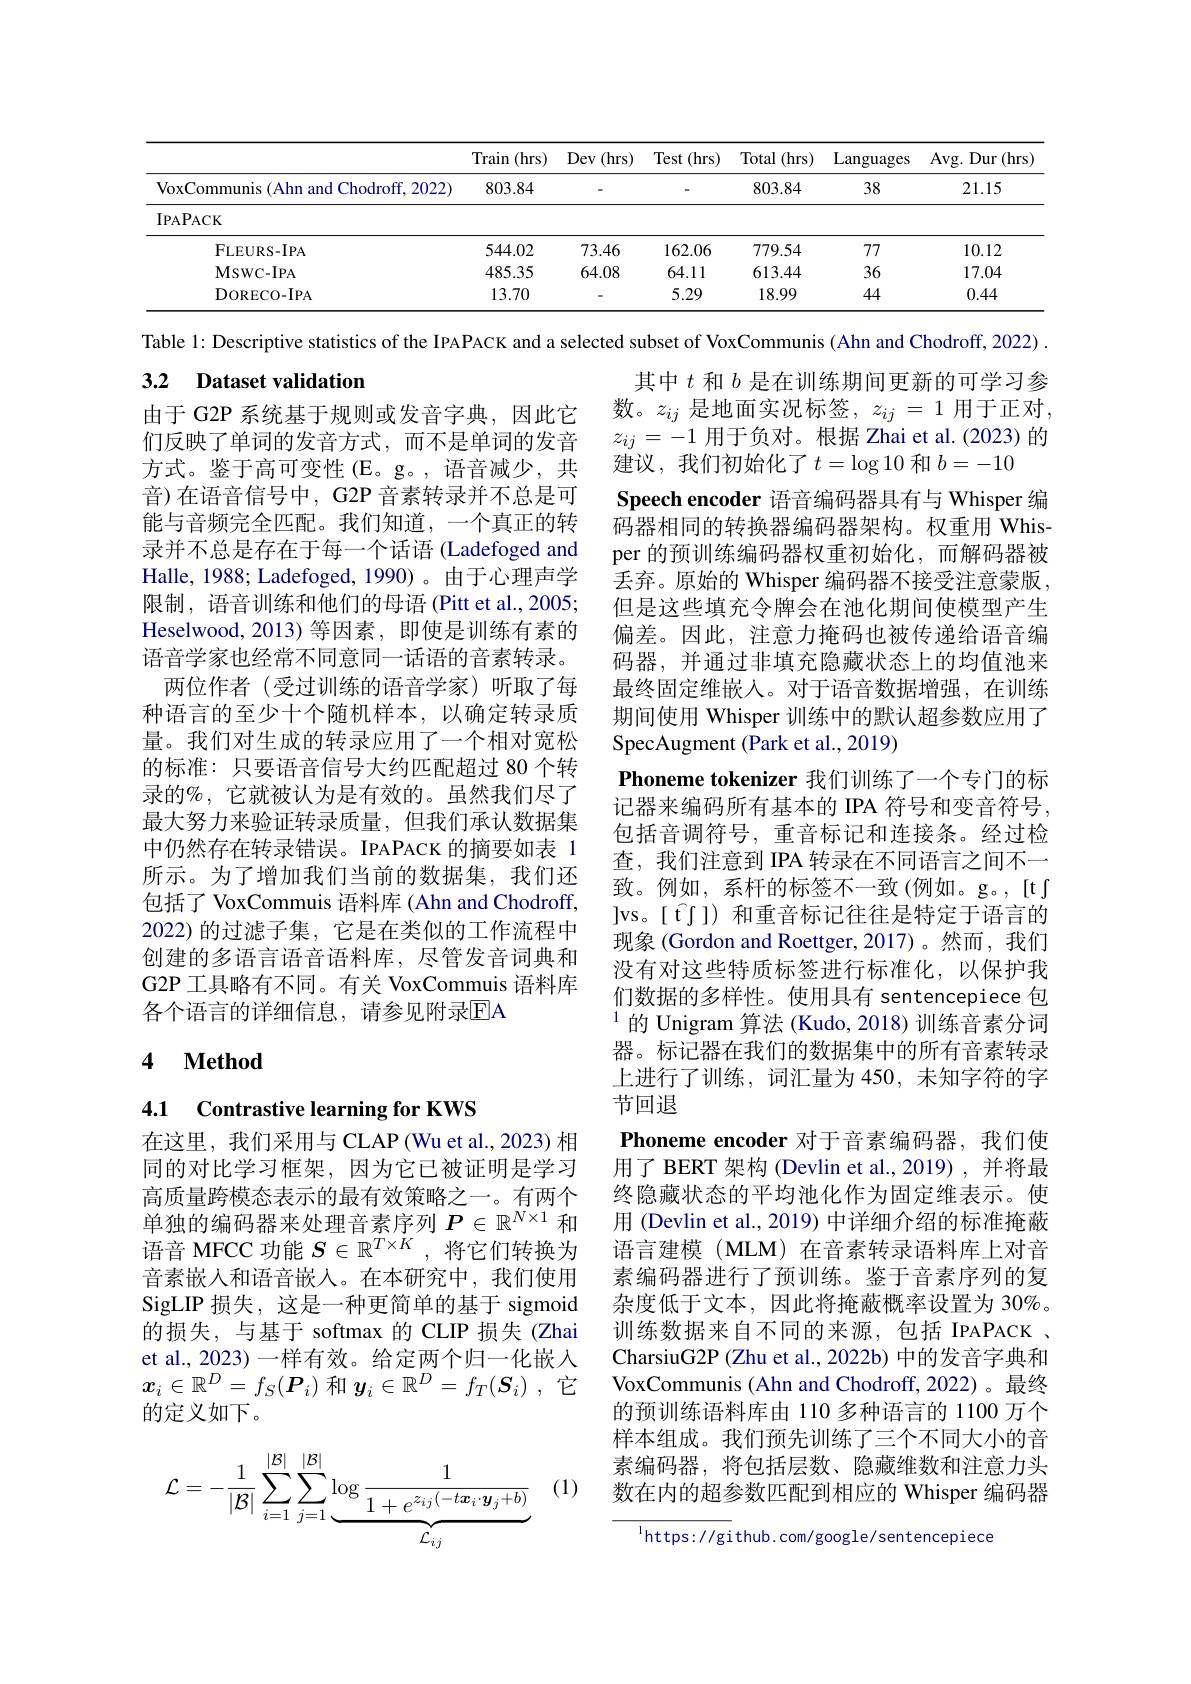
<table>
	<tbody>
		<tr>
			<th> </th>
			<th>Train (hrs)</th>
			<th>Dev (hrs)</th>
			<th>Test (hrs) </th>
			<th>Total (hrs)</th>
			<th>Languages</th>
			<th>Avg. Dur (hrs</th>
		</tr>
		<tr>
			<td>VoxCommunis (Ahn and Chodroff, 2022)</td>
			<td>803.84</td>
			<td> </td>
			<td> </td>
			<td>803.84</td>
			<td>38</td>
			<td>21.15</td>
		</tr>
		<tr>
			<td>IPAPACK</td>
			<td> </td>
			<td> </td>
			<td> </td>
			<td> </td>
			<td> </td>
			<td> </td>
		</tr>
		<tr>
			<td>FLEURS- IPA</td>
			<td>544.02</td>
			<td>73.46</td>
			<td>162.06</td>
			<td>779.54</td>
			<td>77</td>
			<td>10.12</td>
		</tr>
		<tr>
			<td>$\mathbf{MswC-IPA}$</td>
			<td>485.35</td>
			<td>64.08</td>
			<td>64.11</td>
			<td>613.44</td>
			<td>36</td>
			<td>17.04</td>
		</tr>
		<tr>
			<td>DORECO- IPA</td>
			<td>13.70</td>
			<td> </td>
			<td>5.29</td>
			<td>18.99</td>
			<td>44</td>
			<td>0.44</td>
		</tr>
	</tbody>
</table>

## 3.2 Dataset validation

由于 G2P 系统基于规则或发音字典，因此它们反映了单词的发音方式，而不是单词的发音方式。鉴于高可变性(E。g。,语音减少，共音)在语音信号中，G2P 音素转录并不总是可能与音频完全匹配。我们知道，一个真正的转录并不总是存在于每一个话语 (Ladefoged and Halle, 1988; Ladefoged, 1990)。由于心理声学限制，语音训练和他们的母语 (Pitt et al.,2005; Heselwood, 2013) 等因素 , 即使是训练有素的语音学家也经常不同意同一话语的音素转录。
两位作者(受过训练的语音学家)听取了每种语言的至少十个随机样本，以确定转录质量。我们对生成的转录应用了一个相对宽松的标准：只要语音信号大约匹配超过 80 个转录的%, 它就被认为是有效的。虽然我们尽了最大努力来验证转录质量，但我们承认数据集中仍然存在转录错误。IPAPACK 的摘要如表 1所示。为了增加我们当前的数据集，我们还包括了 VoxCommuis 语料库 (Ahn and Chodroff, 2022)的过滤子集，它是在类似的工作流程中创建的多语言语音语料库，尽管发音词典和G2P 工具略有不同。有关 VoxCommuis 语料库各个语言的详细信息，请参见附录EA

Table 1: Descriptive statistics of the IPAPACK and a selected subset of VoxCommunis ( Ahn and Chodroff, 2022) .
其中$t$和$b$是在训练期间更新的可学习参数。$z_ij$ 是地面实况标签，$z_ij=1$用于正对， $z_{ij}=-1$用于负对。根据 Zhai et al.(2023)的建议，我们初始化了$t=\log10$ 和 $b=-10$
Speech encoder 语音编码器具有与 Whisper 编码器相同的转换器编码器架构。权重用 Whisper 的预训练编码器权重初始化，而解码器被丢弃。原始的 Whisper 编码器不接受注意蒙版， 但是这些填充令牌会在池化期间使模型产生偏差。因此，注意力掩码也被传递给语音编码器，并通过非填充隐藏状态上的均值池来最终固定维嵌人。对于语音数据增强，在训练期间使用 Whisper 训练中的默认超参数应用了SpecAugment (Park et al., 2019)
Phoneme tokenizer 我们训练了一个专门的标记器来编码所有基本的 IPA 符号和变音符号， 包括音调符号，重音标记和连接条。经过检查，我们注意到 IPA 转录在不同语言之间不一致。例如，系杆的标签不一致(例如。g。,[t] ]vs。[ f$^{\textcircled{\mathrm{t}}}])$和重音标记往往是特定于语言的现象 (Gordon and Roettger,2017)。然而，我们没有对这些特质标签进行标准化，以保护我们数据的多样性。使用具有 sentencepiece 包$^{1}$的 Unigram 算法 (Kudo, 2018) 训练音素分词器。标记器在我们的数据集中的所有音素转录上进行了训练，词汇量为 450,未知字符的字节回退
Phoneme encoder 对于音素编码器，我们使用了 BERT 架构 (Devlin et al.,2019) ,并将最终隐藏状态的平均池化作为固定维表示。使用 (Devlin et al., 2019) 中详细介绍的标准掩蔽语言建模 (MLM) 在音素转录语料库上对音素编码器进行了预训练。鉴于音素序列的复杂度低于文本，因此将掩蔽概率设置为 30%。训练数据来自不同的来源，包括 IPAPACK . CharsiuG2P (Zhu et al., 2022b) 中的发音字典和VoxCommunis (Ahn and Chodroff, 2022)。最终的预训练语料库由 110 多种语言的 1100 万个样本组成。我们预先训练了三个不同大小的音素编码器，将包括层数、隐藏维数和注意力头数在内的超参数匹配到相应的 Whisper 编码器

# 4 $\textbf{Method}$

## 4.1 Contrastive learning for KWS

在这里，我们采用与 CLAP (Wu et al., 2023) 相同的对比学习框架，因为它已被证明是学习高质量跨模态表示的最有效策略之一。有两个单独的编码器来处理音素序列$P\in\mathbb{R}^N\times1$和语音 MFCC 功能$S\in\mathbb{R}^T\times K$,将它们转换为音素嵌入和语音嵌入。在本研究中，我们使用SigLIP 损失，这是一种更简单的基于 sigmoid 的损失，与基于 softmax 的 CLIP 损失 (Zhai et al., 2023) 一样有效。给定两个归一化嵌入$x_i\in\mathbb{R}^D=f_S(\boldsymbol{P}_i)$和$\boldsymbol y_i\in\mathbb{R}^D=f_T(\boldsymbol{S}_i)$ ,它的定义如下。

(1)
$$\mathcal{L}=-\frac{1}{|\mathcal{B}|}\sum_{i=1}^{|\mathcal{B}|}\sum_{j=1}^{|\mathcal{B}|}\underbrace{\log\frac{1}{1+e^{z_{ij}(-t\boldsymbol{x}_{i}\cdot\boldsymbol{y}_{j}+b)}}}_{\mathcal{L}_{ij}}$$
$^{1}$https: //gi thub. com/google/sentencepiece